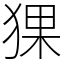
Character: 猓